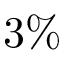
3 \%